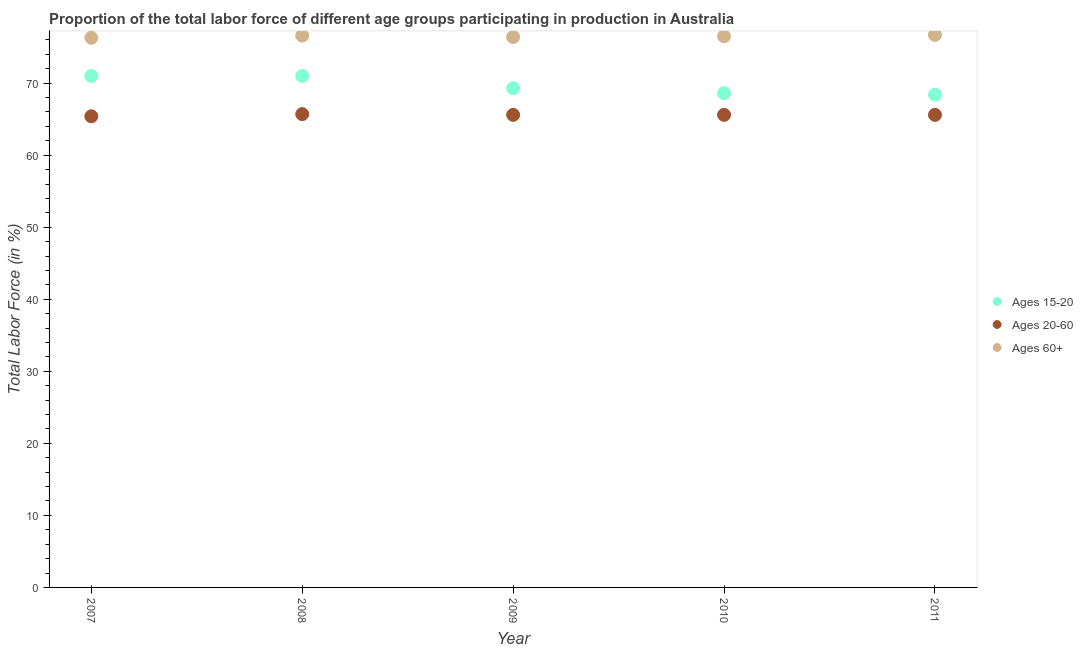
| Year | Ages 15-20 | Ages 20-60 | Ages 60+ |
 | --- | --- | --- | --- |
 | 2007 | 71 | 65.4 | 76.3 |
 | 2008 | 71 | 65.7 | 76.6 |
 | 2009 | 69.3 | 65.6 | 76.4 |
 | 2010 | 68.6 | 65.6 | 76.5 |
 | 2011 | 68.4 | 65.6 | 76.7 |